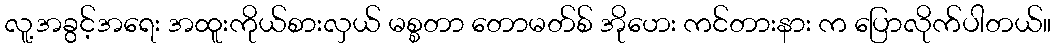
လူ့အခွင့်အရေး အထူးကိုယ်စားလှယ် မစ္စတာ တောမတ်စ် အိုဟေး ကင်တားနား က ပြောလိုက်ပါတယ်။